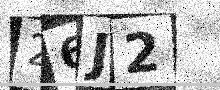
Text: 26J2